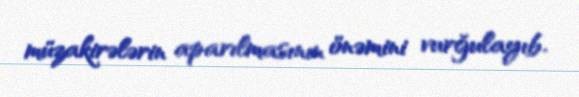
müzakirələrin aparılmasının önəmini vurğulayıb.